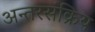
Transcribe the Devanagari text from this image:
अन्तरसंक्रिय